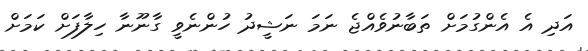
އަދި އެ އެންގުމަށް ތަބާނުވެއްޖެ ނަމަ ނަޝީދު ހުންނެވީ ގާނޫނާ ހިލާފަށް ކަމަށް